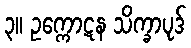
၃။ ဥက္ကောဋန သိက္ခာပုဒ်